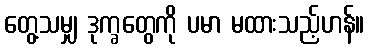
တွေ့သမျှ ဒုက္ခတွေကို ပမာ မထားသည့်ဟန်။